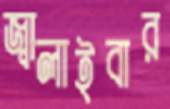
জ্বালাইবার